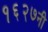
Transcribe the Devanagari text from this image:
१६२७नी